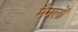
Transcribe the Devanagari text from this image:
मैमलों